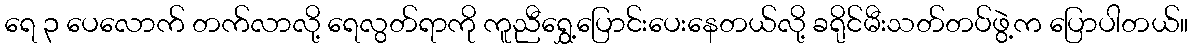
ရေ ၃ ပေလောက် တက်လာလို့ ရေလွတ်ရာကို ကူညီရွှေ့ပြောင်းပေးနေတယ်လို့ ခရိုင်မီးသတ်တပ်ဖွဲ့က ပြောပါတယ်။